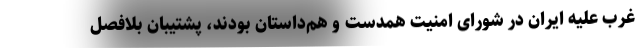
غرب علیه ایران در شورای امنیت همدست و هم‌داستان بودند، پشتیبان بلافصل